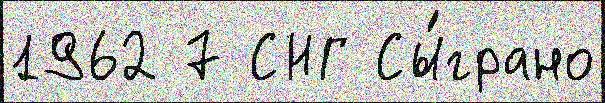
1962 7 СНГ Сы́грано